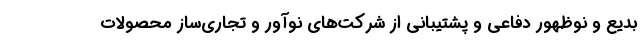
بدیع و نوظهور دفاعی و پشتیبانی از شرکت­های نوآور و تجاری‌ساز محصولات